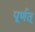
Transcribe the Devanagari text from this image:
पूर्णत्